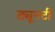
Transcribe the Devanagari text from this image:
ट्यूनटी